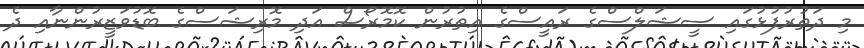
މި ދަތުރުފުޅުގައި ސީޝަލްސްގެ ރައީސްގެ އިތުރުން ކޮމޮރޯސް އަދި މޮރިޝަސްގެ ބޮޑުވަޒީރުންނާއި ދެ